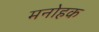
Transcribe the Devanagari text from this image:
मनोहक